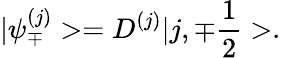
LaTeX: |{\psi}_{\mp}^{(j)}>=D^{(j)}|j,{\mp}\frac{1}{2}>.